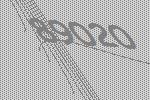
89020